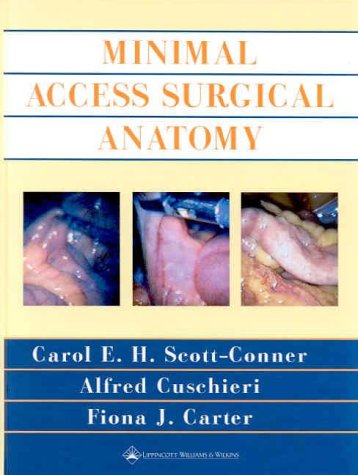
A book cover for Minimal Access Surgical Anatomy; Carol E. H. Scott-Conner; Medical Books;